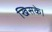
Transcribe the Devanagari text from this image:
खिसके।